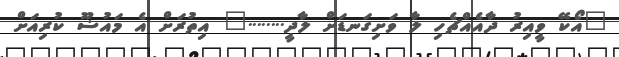
"އޯކޭ ވީއިރު ދާއެއްޗެހި ލާ ވަށިގަނޑަށް ލާދީ........" އިތުރަށް އެ މައުޟޫ ކުރިއަށް